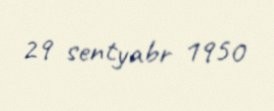
29 sentyabr 1950